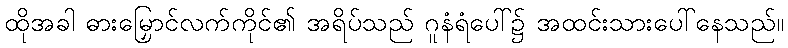
ထိုအခါ ဓားမြှောင်လက်ကိုင်၏ အရိပ်သည် ဂူနံရံပေါ်၌ အထင်းသားပေါ်နေသည်။